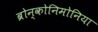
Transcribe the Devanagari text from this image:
ब्रोन्कोनिमोनिया